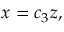
\begin{array} { r } { x = c _ { 3 } z , } \end{array}